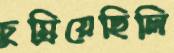
চুম্‌রিয়েছিলি